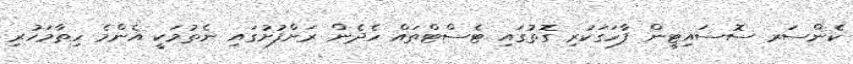
ކެންސަރ ސޮސައިޓީން ފާހަގަކުރި ގޮތުގައި ޓެސްޓްތައް ހެދެން ރަށްފުށުގައި ނެތުމަކީ އެންމެ ހިތާމަހުރި